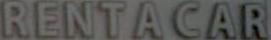
RENTACAR